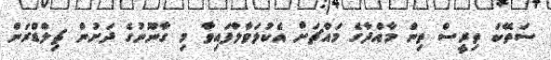
ސަތޭކަ ތިރީސް ތިން މާއްދާގެ މައްޗަށް އެކުލަވާލާފައިވާ މި ގާނޫނުގެ ދަށުން ޗިލްޑްރަން